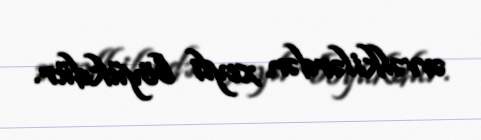
əvvəlkilərdən xeyli böyükdür.